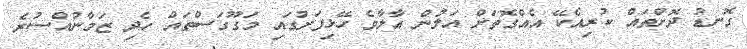
ގޮނޑު ދޮށްތައް ކުރިއެކޭ އެއްގޮތަށް އަލުން އާލާވެ ހޭޅިފަށުގައި މަގޫގަސްތައް ހެދި ޒަމާނުއްސުރެ